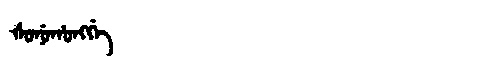
Manchu: ᡧᠣᠨᡠᡥᠣᠩᡤᡝ
Romanization: ŠONUHONGGE